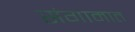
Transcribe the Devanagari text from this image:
संगामात